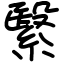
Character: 繄